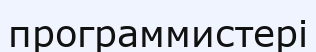
программистері